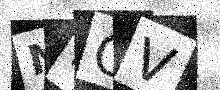
Text: NICV